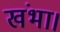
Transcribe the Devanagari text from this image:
खंभा।